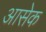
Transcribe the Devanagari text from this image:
आसेक